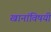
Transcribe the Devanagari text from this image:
खानांविषयी